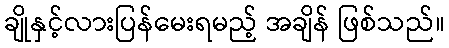
ချိုနှင့်လားပြန်မေးရမည့် အချိန် ဖြစ်သည်။